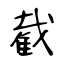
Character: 截